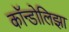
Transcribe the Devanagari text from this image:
कॉन्डोलिझा